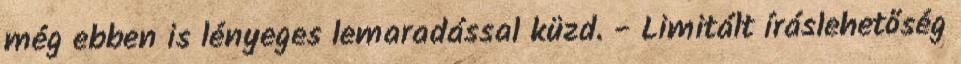
még ebben is lényeges lemaradással küzd. - Limitált íráslehetőség